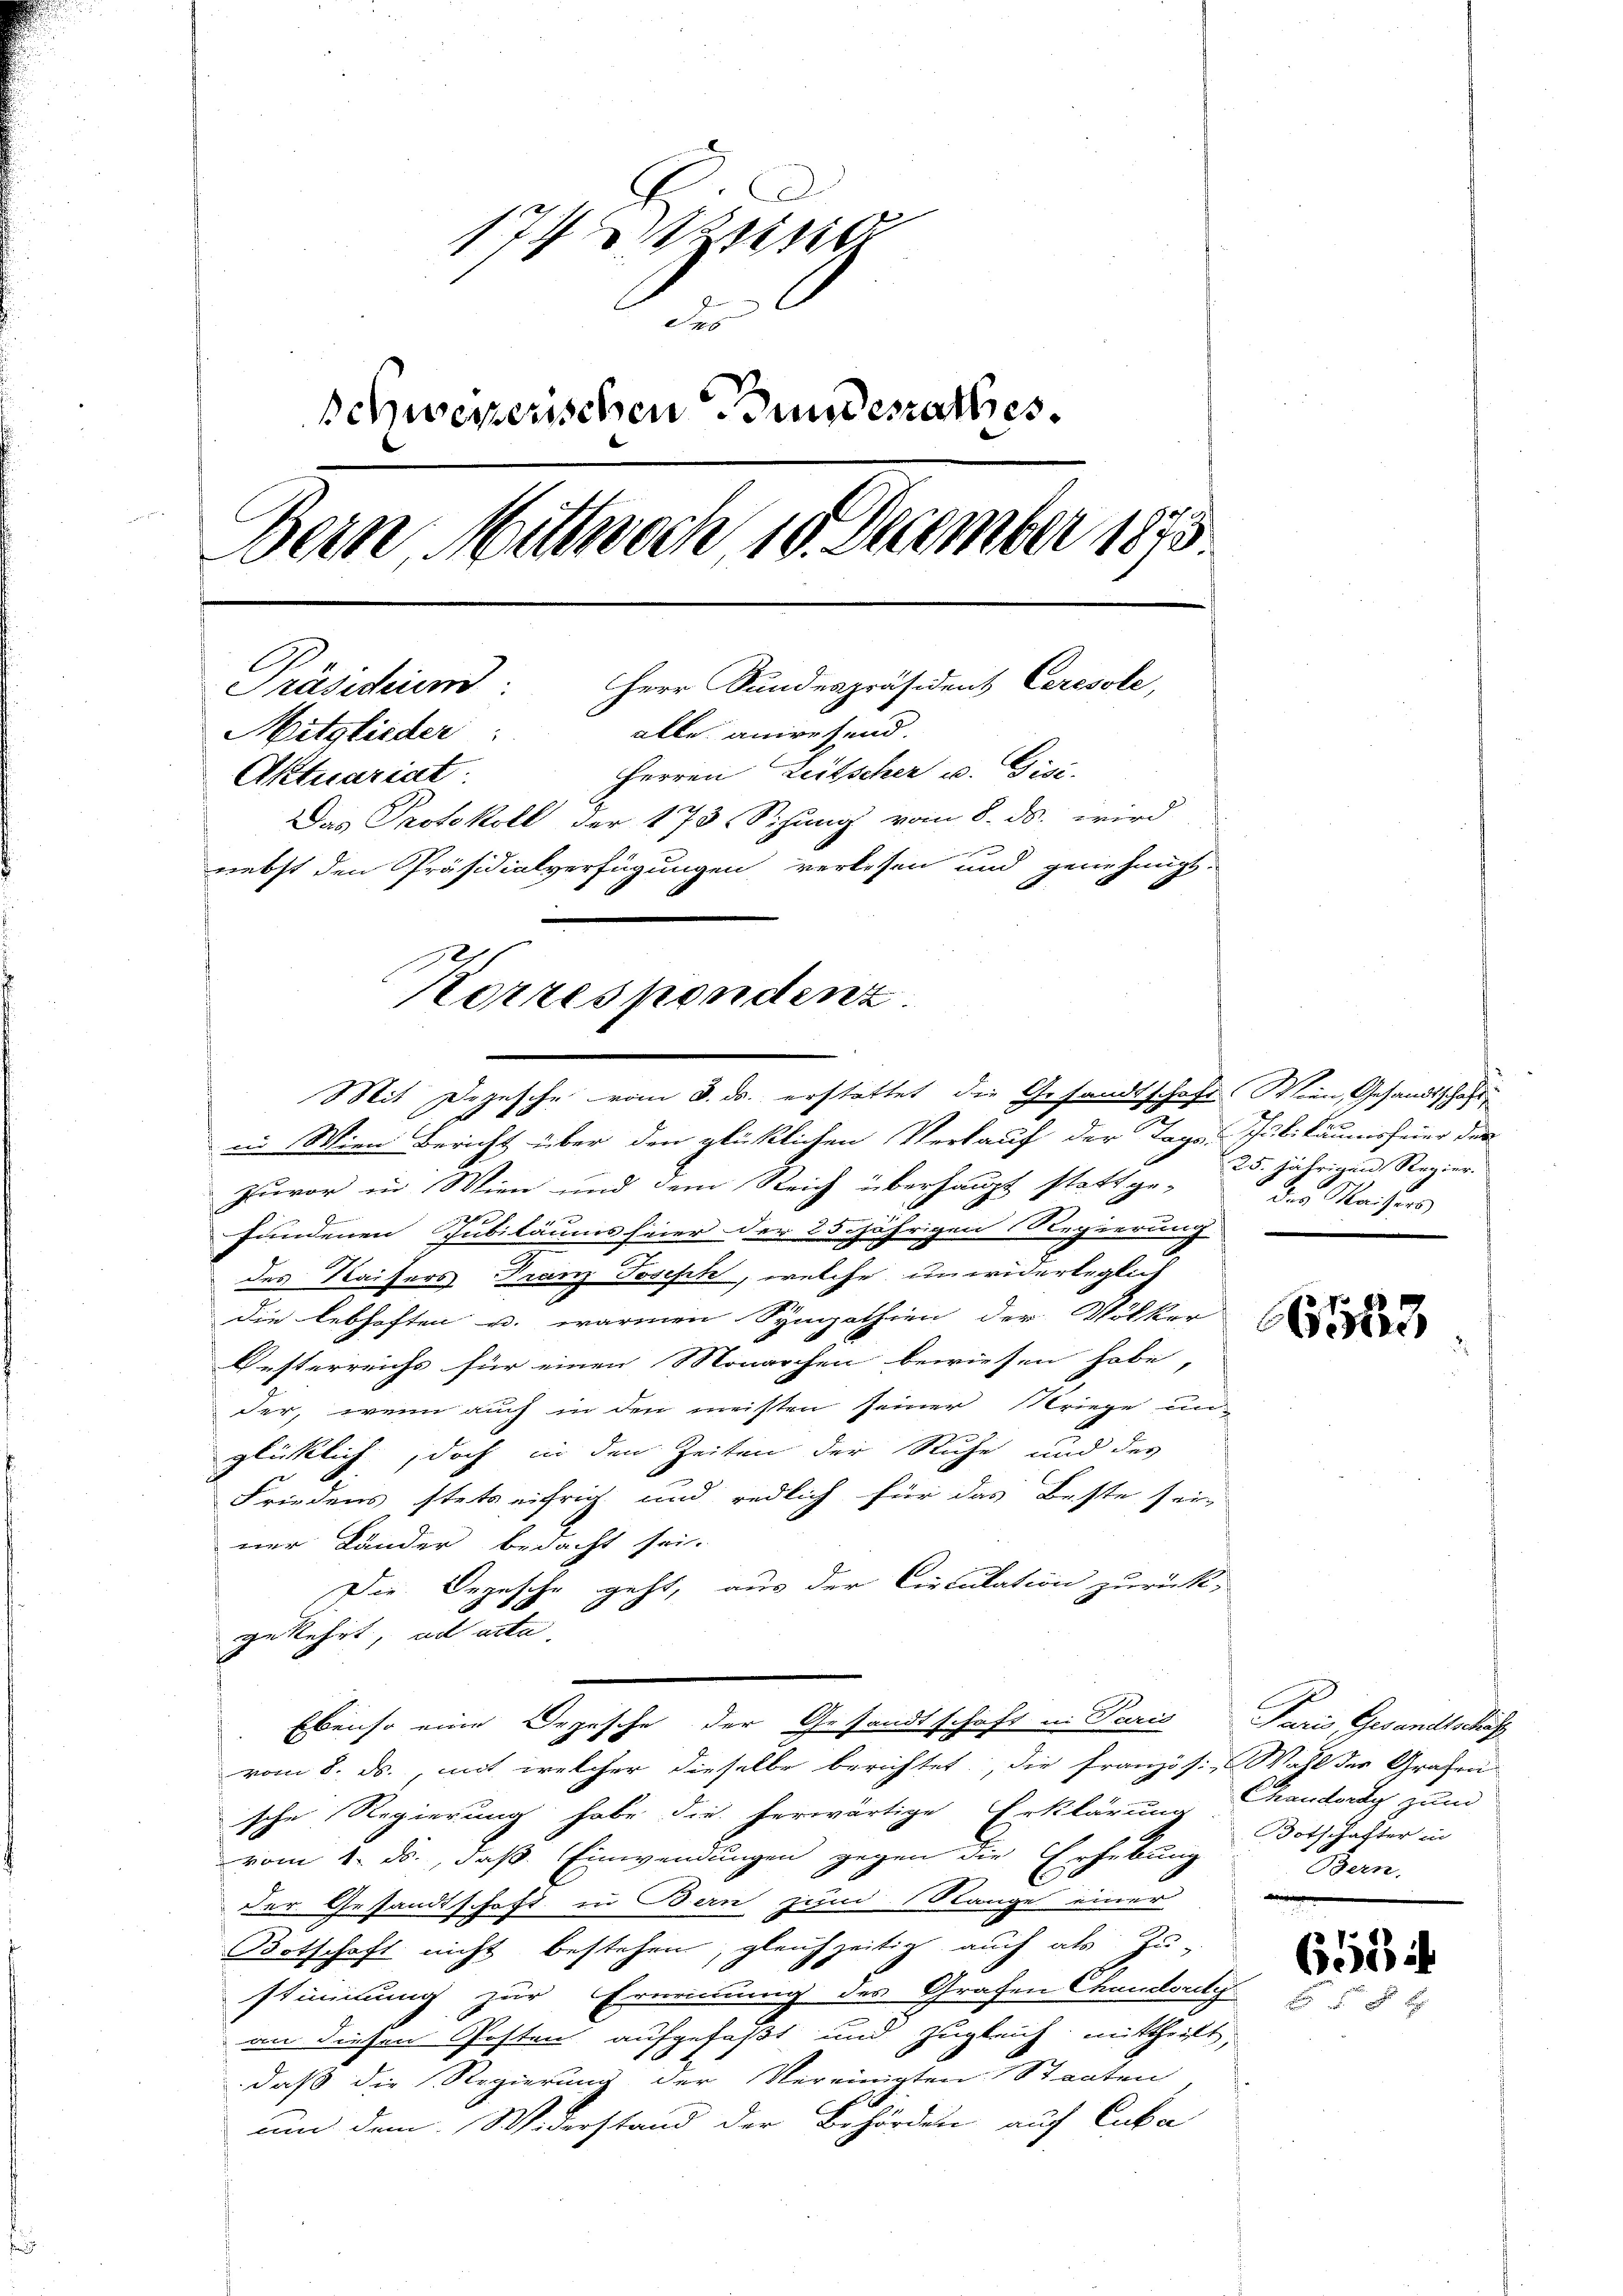
174 sind
7
schwerzenschen Grundesrathes.
Bern, Mittwoch 10 December 1873.
Präsidenend: Herr Stunderpräsident Ceresole,
alle anwesend.
Mitglieder:
Herren Leitscher u. Gisi
Aktuariat
Das Protokoll der 173 Sitzung vom 8. ds. wird
nebst den Präsidialverfügungen verlesen und genehmigt.
Korrespondenz

Mit Depesche vom 3. ds. erstattet die Gesandtschaft Wien, Gesandtschaft

in Wien Bericht über den glücklichen Verkauf der Tage Jubiläumsfeier der
Zuvor in Wien und dem Reich überhaupt statt ge-
fundenen Jubiläums feier der 25 jährigen Regierung
des Kaisers Franz Joseph, welche unwiderleglich
Die lebhaften u. warmen Sympathien der Völker
Oesterreichs für einen Monarchen bewiesen habe,
der, wenn auch in den meisten seiner Striege un
glücklich, doch in den Zeiten der Ruhe und des
Friedens stets eifrig und redlich für das Beste sein
ner Länder bedacht sei.
Die Depesche geht, aus der Circulation zurück,
gekehrt, ad acta.
Ebenso eine Depesche der Gesandtschaft in Paris Paris, Gesandtschäft
vom 8. ds., mit welcher dieselbe berichtet, die französi-Wahl des Grafen
sche Regierung habe die herwärtige Erklärung handerdy zum
vom 1. ds., daß Einwendungen gegen die Erhebung
der Gesandtschaft in Bern zum Range einer
Botschaft nicht bestehen, gleichzeitig auch als Zu-
stimmung zur Ernennung des Grafen Chanderity
an diesen Posten aufgefaßt und zugleich mittheilt,
daß die Regierung der Vereinigten Staaten
um dem Widerstand der Behörden auf Cuka

25. jährigen Regier.
Der Kaisers

Botschafter in
Bern.

656